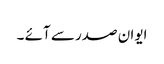
ایوان صدر سے آئے ۔